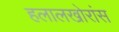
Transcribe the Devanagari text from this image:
हलालखोरांस